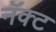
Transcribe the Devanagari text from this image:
नॅक्ट